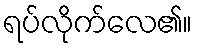
ရပ်လိုက်လေ၏။